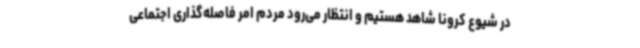
در شیوع کرونا شاهد هستیم و انتظار می‌رود مردم امر فاصله‌گذاری اجتماعی